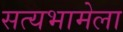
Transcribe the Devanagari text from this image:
सत्यभामेला